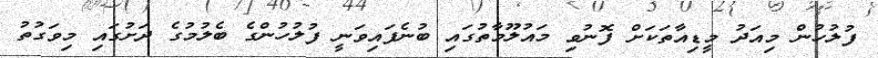
ފުލުހުން މިއަދު މީޑިއާތަކަށް ފޮނުވި މައުލޫމާތުގައި ބުނެފައިވަނީ ފުލުހުންގެ ބެލުމުގެ ދަށުގައި މިވަގުތު